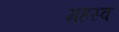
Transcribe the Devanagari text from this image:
महस्व